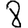
Digit: 8